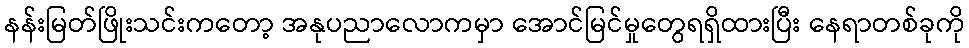
နန်းမြတ်ဖြိုးသင်းကတော့ အနုပညာလောကမှာ အောင်မြင်မှုတွေရရှိထားပြီး နေရာတစ်ခုကို